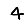
Digit: 4